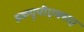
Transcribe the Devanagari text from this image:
डब्ल्यूपीएक्सए